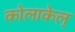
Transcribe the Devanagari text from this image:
कोलाकेल्